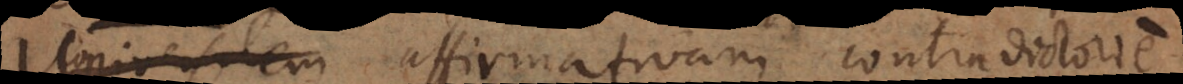
universalem affirmativam contradictorie